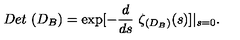
D e t \ ( D _ { B } ) = \exp [ - \frac d { d s } \ \zeta _ { ( D _ { B } ) } ( s ) ] \vert _ { s = 0 } .